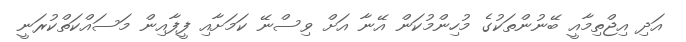
އަދި އިޖްތިމާއީ ބޭނުންތަކުގެ މުހިންމުކަން އޭނާ އަށް ވިސްނޭ ކަމަށާއި ފީފާއިން މަސައްކަތްކުރަނީ